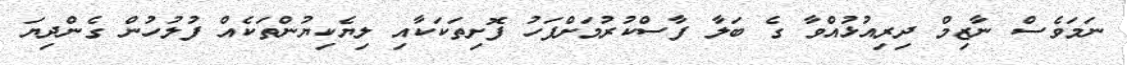
ނަމަވެސް ނާޒިމް ދިރިއުޅުއްވާ ގެ ބަލާ ފާސްކުރުމަށްފަހު ފޮށިތަކަކާއި ލިޔެކިޔުންތަކެއް ފުލުހުން ގެންދިޔަ